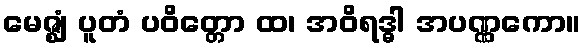
မေဇ္ဈံ ပူတံ ပဝိတ္တော ထ၊ အဝိရဒ္ဓါ အပဏ္ဏကော။